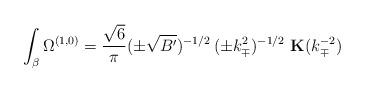
LaTeX: \begin{align*}\int_\beta \Omega^{(1,0)} = \frac{\sqrt{6}}{\pi} (\pm \sqrt{B^\prime})^{-1/2}\, (\pm k_\mp^2)^{-1/2}\, \, {\bf K} ( k_\mp^{-2} )\end{align*}